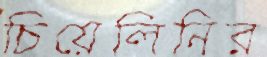
চিয়েলিনির